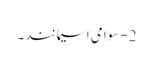
2- سوامی اسیمانند ۔